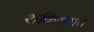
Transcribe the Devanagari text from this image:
शक्तिघात